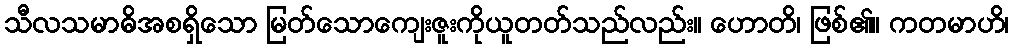
သီလသမာဓိအစရှိသော မြတ်သောကျေးဇူးကိုယူတတ်သည်လည်း။ ဟောတိ၊ ဖြစ်၏။ ကတမာဟိ၊